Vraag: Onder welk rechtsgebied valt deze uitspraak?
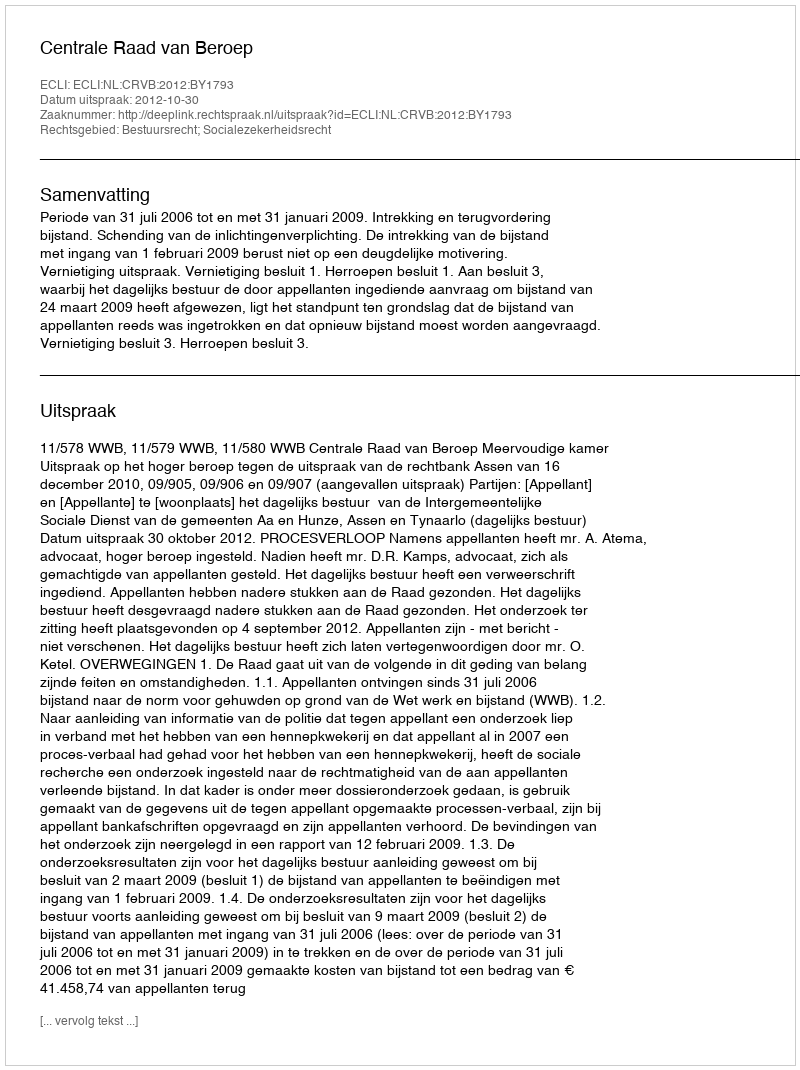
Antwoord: Bestuursrecht; Socialezekerheidsrecht